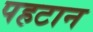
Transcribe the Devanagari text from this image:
पहटान